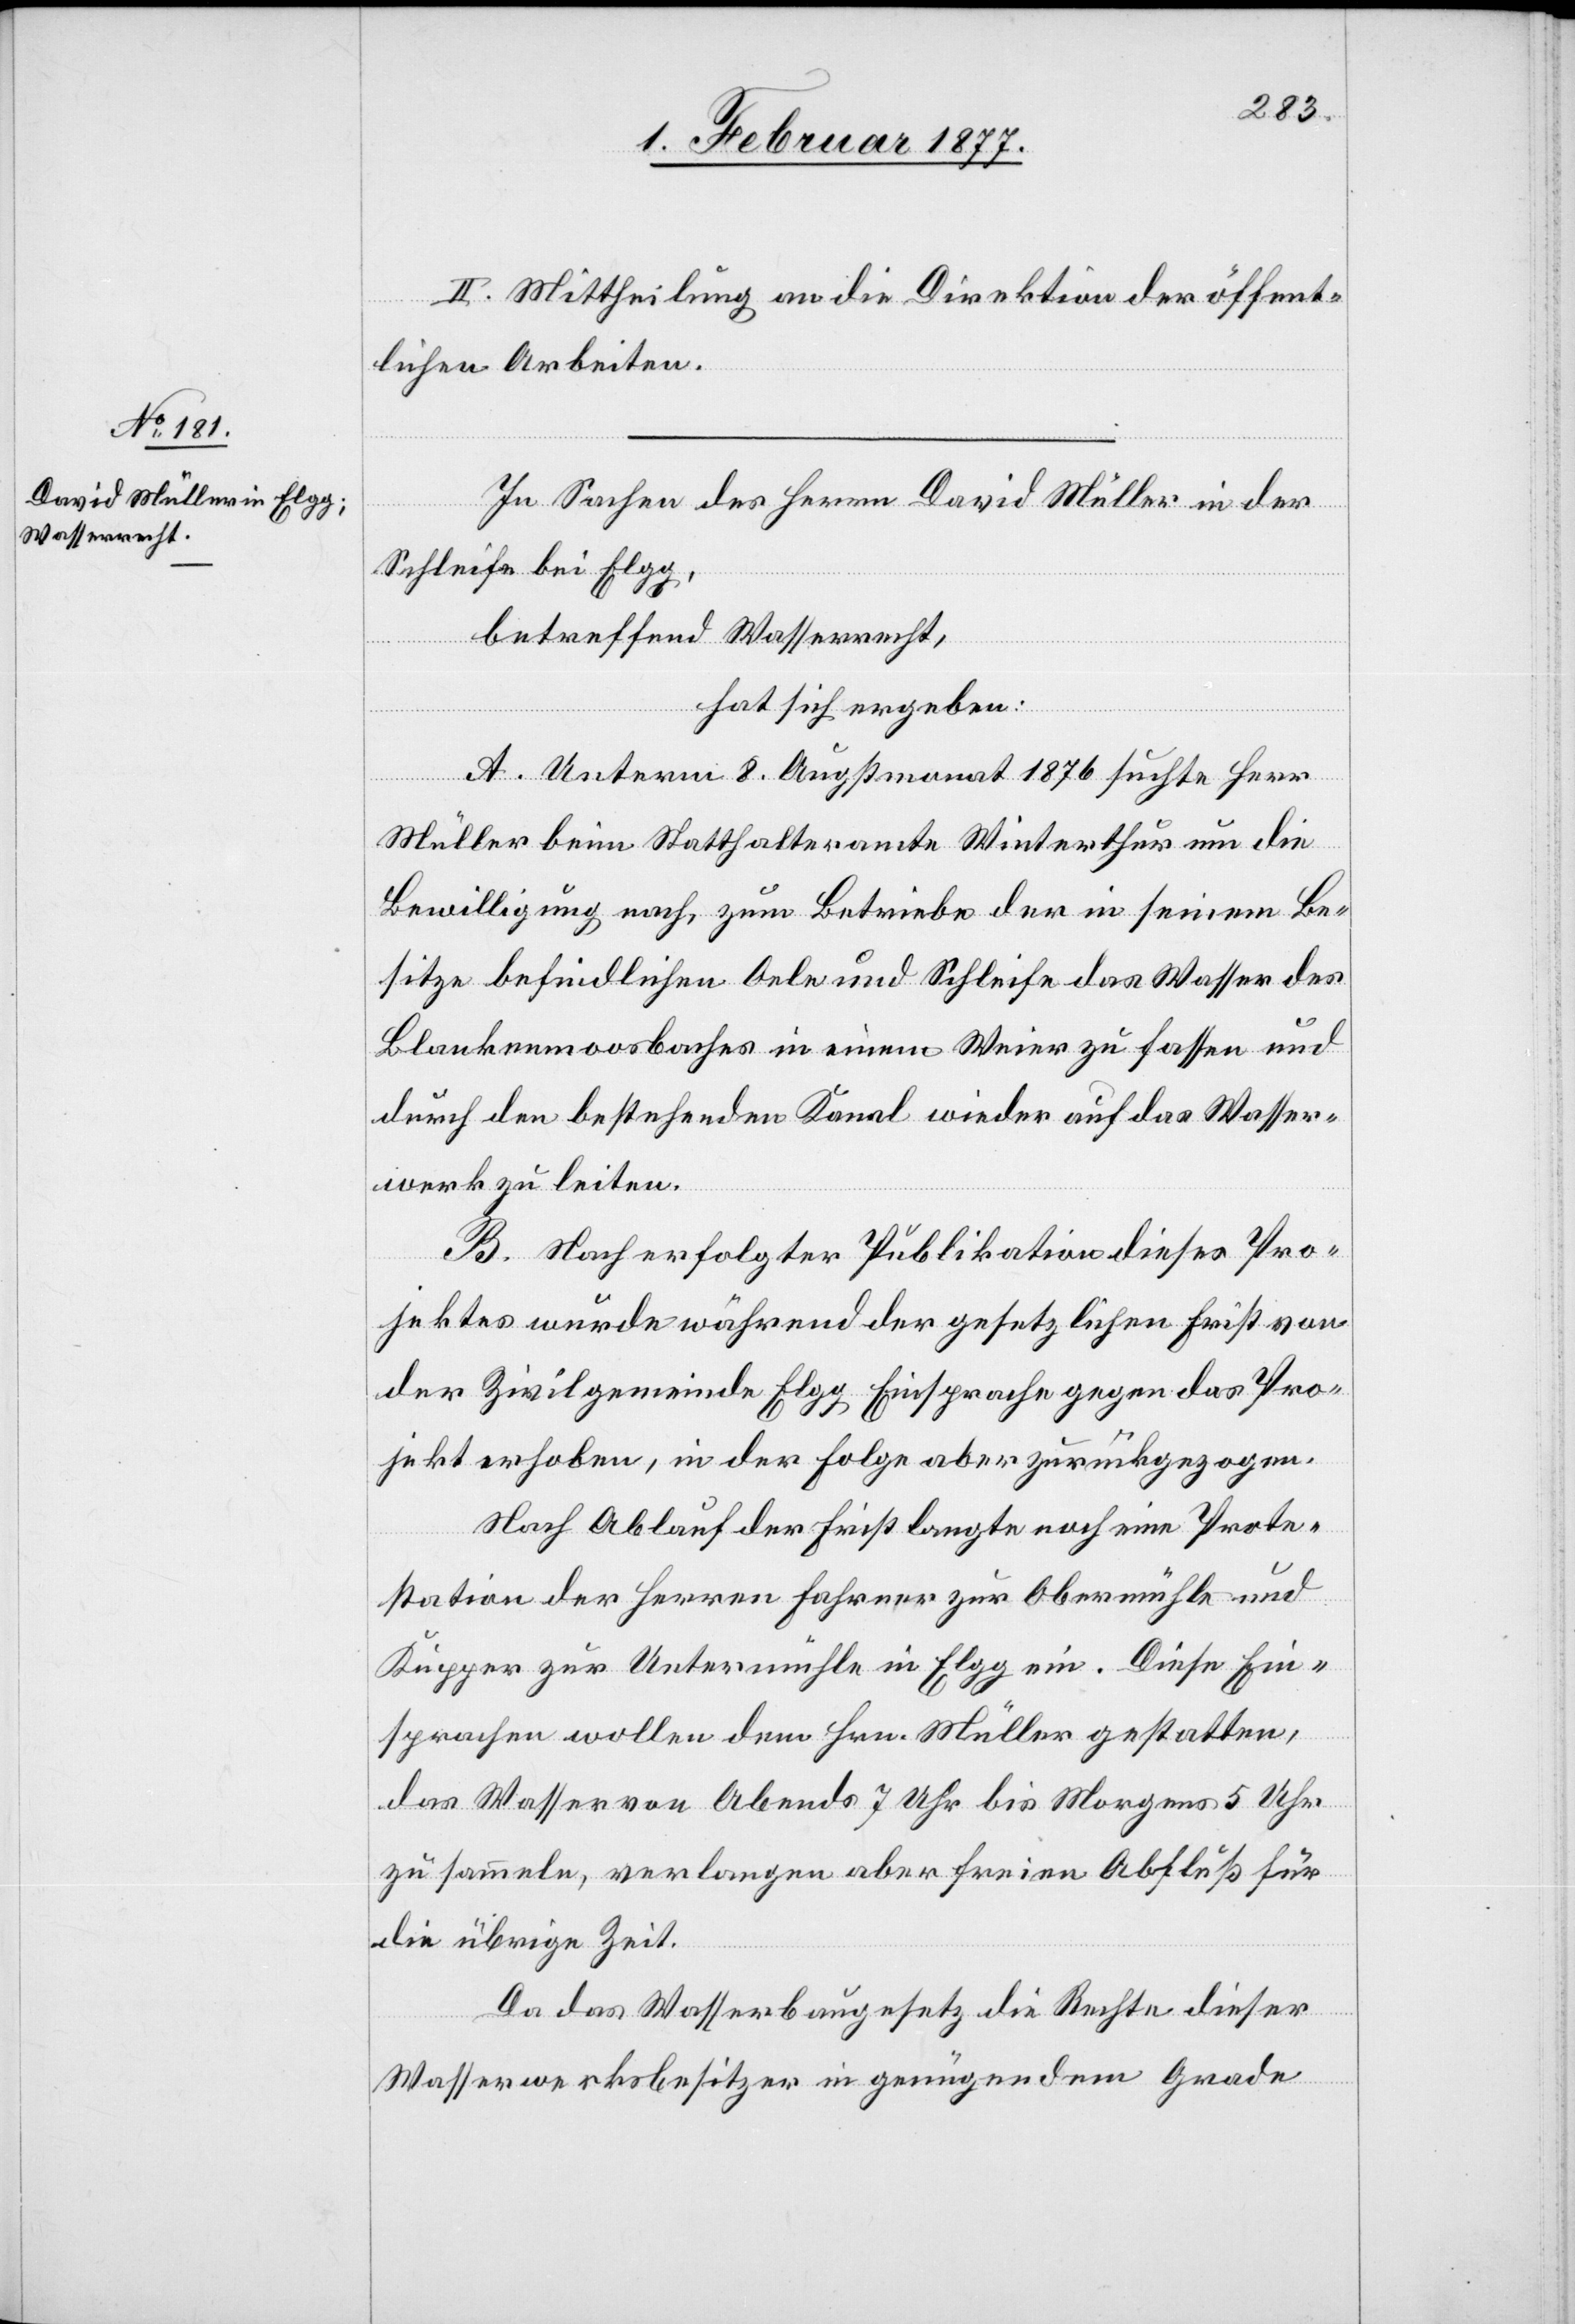
II. Mittheilung an die Direktion der öffent¬
lichen Arbeiten.
In Sachen des Herrn David Müller in der
Schleife bei Elgg,
betreffend Wasserrecht,
hat sich ergeben:
A. Unterm 8. Augustmonat 1876 suchte Herr
Müller beim Statthalteramte Winterthur um die
Bewilligung nach, zum Betriebe der in seinem Be¬
sitze befindlichen Oele und Schleife das Wasser des
Blankenmoosbaches in einem Weier zu fassen und
durch den bestehenden Kanal wieder auf das Wasser¬
werk zu leiten.
B. Nach erfolgter Publikation dieses Pro¬
jektes wurde während der gesetzlichen Frist von
der Zivilgemeinde Elgg Einsprache gegen das Pro¬
jekt erhoben, in der Folge aber zurückgezogen.
Nach Ablauf der Frist langte noch eine Prote¬
station der Herren Fahrner zur Obermühle und
Kupper zur Untermühle in Elgg ein. Diese Ein¬
sprachen wollen dem Hrn. Müller gestatten,
das Wasser von Abends 7 Uhr bis Morgens 5 Uhr
zu sammeln, verlangen aber freien Abfluß für
die übrige Zeit.
Da das Wasserbaugesetz die Rechte dieser
Wasserwerksbesitzer in genügendem Grade